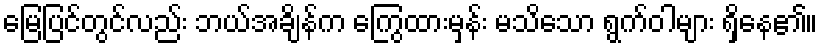
မြေပြင်တွင်လည်း ဘယ်အချိန်က ကြွေထားမှန်း မသိသော ရွက်ဝါများ ရှိနေ၏။